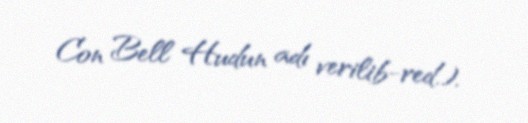
Con Bell Hudun adı verilib-red.).